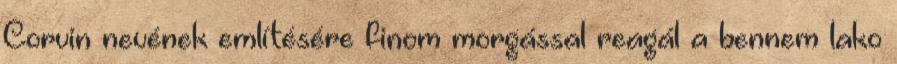
Corvin nevének említésére finom morgással reagál a bennem lako